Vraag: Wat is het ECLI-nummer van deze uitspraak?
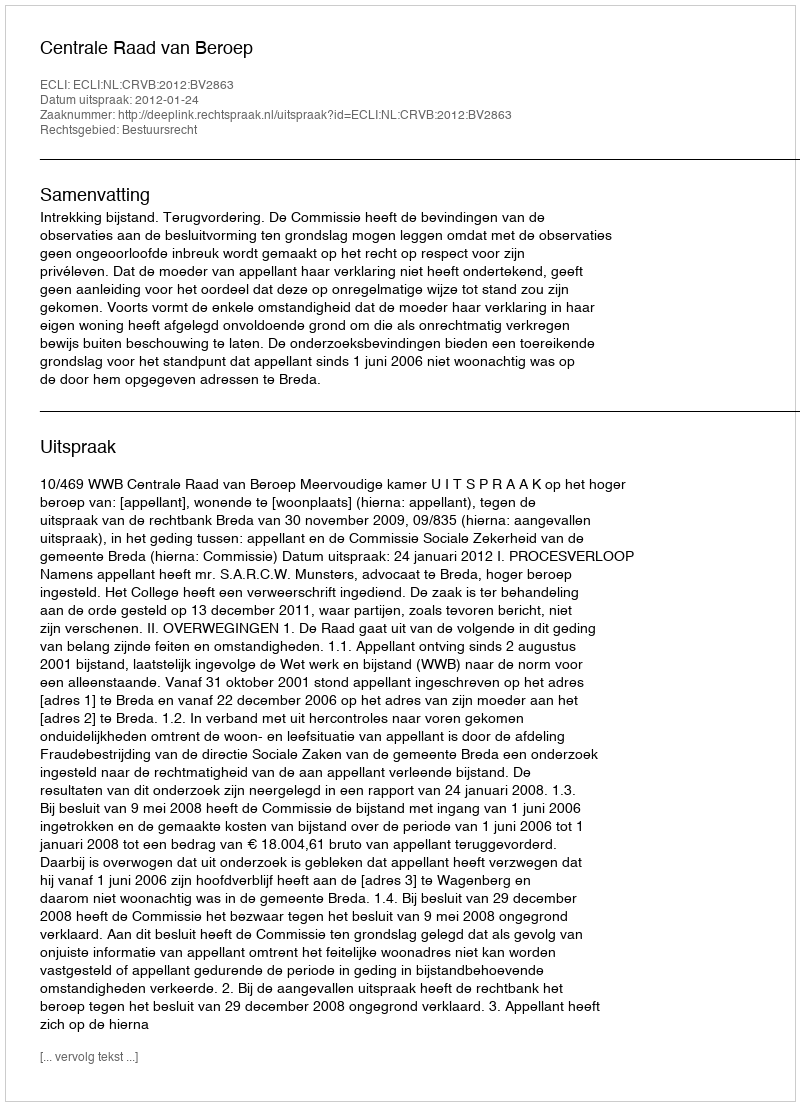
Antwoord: ECLI:NL:CRVB:2012:BV2863